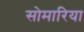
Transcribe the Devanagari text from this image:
सोमारिया